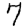
Digit: 7